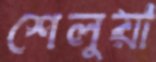
শেলুয়া